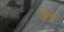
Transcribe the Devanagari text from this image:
अँधे